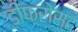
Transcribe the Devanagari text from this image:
डीफ़्रोस्ट